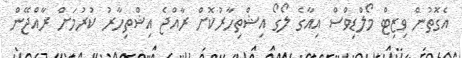
އެގޮތުން ވިޒިޓް މޯލްޑިވްސް އިއާގެ ލޯގޯ އިޝްތިހާރުކޮށް ރާއްޖެ އިޝްތިހާރު ކުރުމަށް ރާއްޖޭން